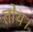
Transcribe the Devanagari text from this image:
तोय।